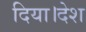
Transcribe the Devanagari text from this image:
दिया।देश